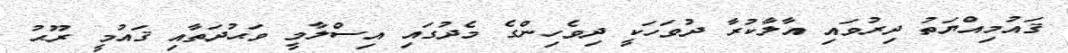
ޤައުމިއްޔަތު ދިރުވައި އާލާކުރާ ދުވަހަކީ ދިވެހިންގެ މެދުގައި އިސްލާމީ ވަޙުދަތާއި ޤައުމީ ރޫޙު